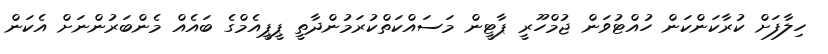
ހިލާފަށް ކުރާކަންކަން ހުއްޓުވަން ޖުމްހޫރީ ޕާޓީން މަސައްކަތްކުރަމުންދާތީ ޕީޕީއެމްގެ ބައެއް މެންބަރުންނަށް އެކަން